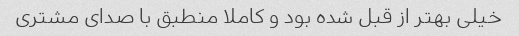
خیلی بهتر از قبل شده بود و کاملا منطبق با صدای مشتری